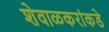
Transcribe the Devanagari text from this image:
शेवाळकरांकडे